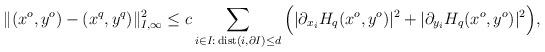
LaTeX: \begin{align*} \| (x^o, y^o) - (x^q, y^q) \|_{I,\infty}^2 \le c \sum_{i \in I: \, {\mathrm{dist}}(i, \partial I) \le d } \, \Bigl( | \partial_{x_i} H_q (x^o, y^o) |^2 + | \partial_{y_i} H_q (x^o, y^o) |^2 \Bigr),\end{align*}